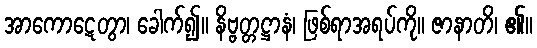
အာကောဋေတွာ၊ ခေါက်၍။ နိဗ္ဗတ္တဋ္ဌာနံ၊ ဖြစ်ရာအရပ်ကို။ ဇာနာတိ၊ ၏။